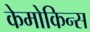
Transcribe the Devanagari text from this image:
केमोकिन्स